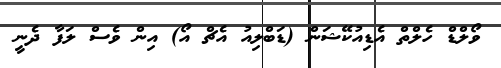
ވޯލްޑް ހެލްތް އެޑިއުކޭޝަން (ޑަބްލިއު އެޗް އޯ) އިން ވެސް ލަފާ ދެނީ